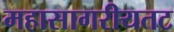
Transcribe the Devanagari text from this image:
महासागरीयतट